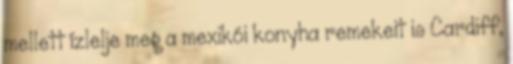
mellett ízlelje meg a mexikói konyha remekeit is Cardiff,